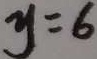
y = 6